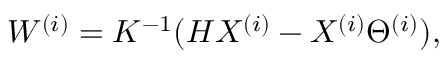
W ^ { ( i ) } = K ^ { - 1 } ( H X ^ { ( i ) } - X ^ { ( i ) } \Theta ^ { ( i ) } ) ,